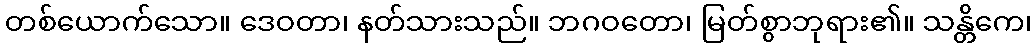
တစ်ယောက်သော။ ဒေဝတာ၊ နတ်သားသည်။ ဘဂဝတော၊ မြတ်စွာဘုရား၏။ သန္တိကေ၊